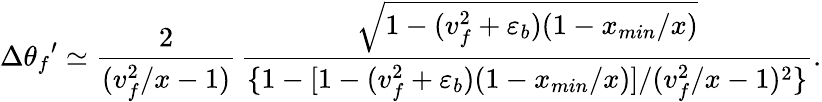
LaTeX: \Delta{\theta_{f}}^{\prime}\simeq\frac{2}{(v_{f}^{2}/x-1)}\, \frac{\sqrt{1-(v_{f}^{2}+\varepsilon_{b})(1-x_{min}/x)}}{\{ 1-[1-(v_{f}^{2}+\varepsilon_{b})(1-x_{min}/x)]/(v_{f}^{2}/x-1)^{2}\} }.